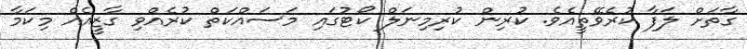
ގާތަށް ލަފާ ކުރެވޭތީއެވެ. ކުރިން ކުރިމިނަލް ކޯޓުގައި މަސައްކަތް ކުރެއްވި ގާޒީއެއް މިކަމާ